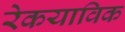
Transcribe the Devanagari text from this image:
रेकयाविक